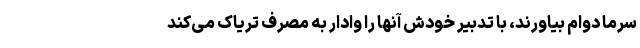
سرما دوام بیاورند، با تدبیر خودش آنها را وادار به مصرف تریاک می‌کند